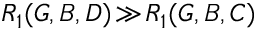
R _ { 1 } ( G , B , D ) \! \gg \! R _ { 1 } ( G , B , C )